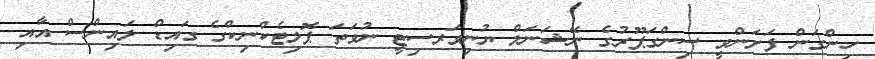
ހިންގަން ފަށަންވީ ސިންގަޕޫރުގެ ނޭޝަނަލް ޔުނިވަރސިޓީ ނުވަތަ ޕޮލިޓެކްނިކްގެ ގައިޑް ލައިންސް އާއި